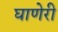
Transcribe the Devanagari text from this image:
घाणेरी